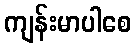
ကျန်းမာပါစေ